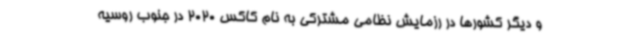
و دیگر کشورها در رزمایش نظامی مشترکی به نام کاکس 2020 در جنوب روسیه